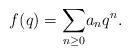
LaTeX: \begin{align*}f(q) = \underset{n\geq 0}{\sum} a_n q^n.\end{align*}